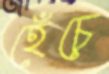
হেঁচে